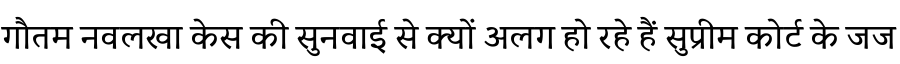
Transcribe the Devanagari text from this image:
गौतम नवलखा केस की सुनवाई से क्यों अलग हो रहे हैं सुप्रीम कोर्ट के जज